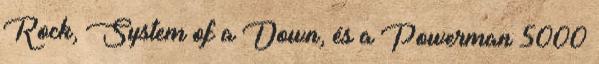
Rock, System of a Down, és a Powerman 5000